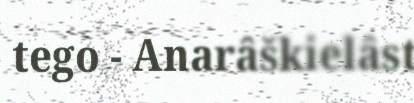
tego - Anarâškielâst